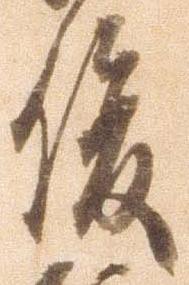
俊